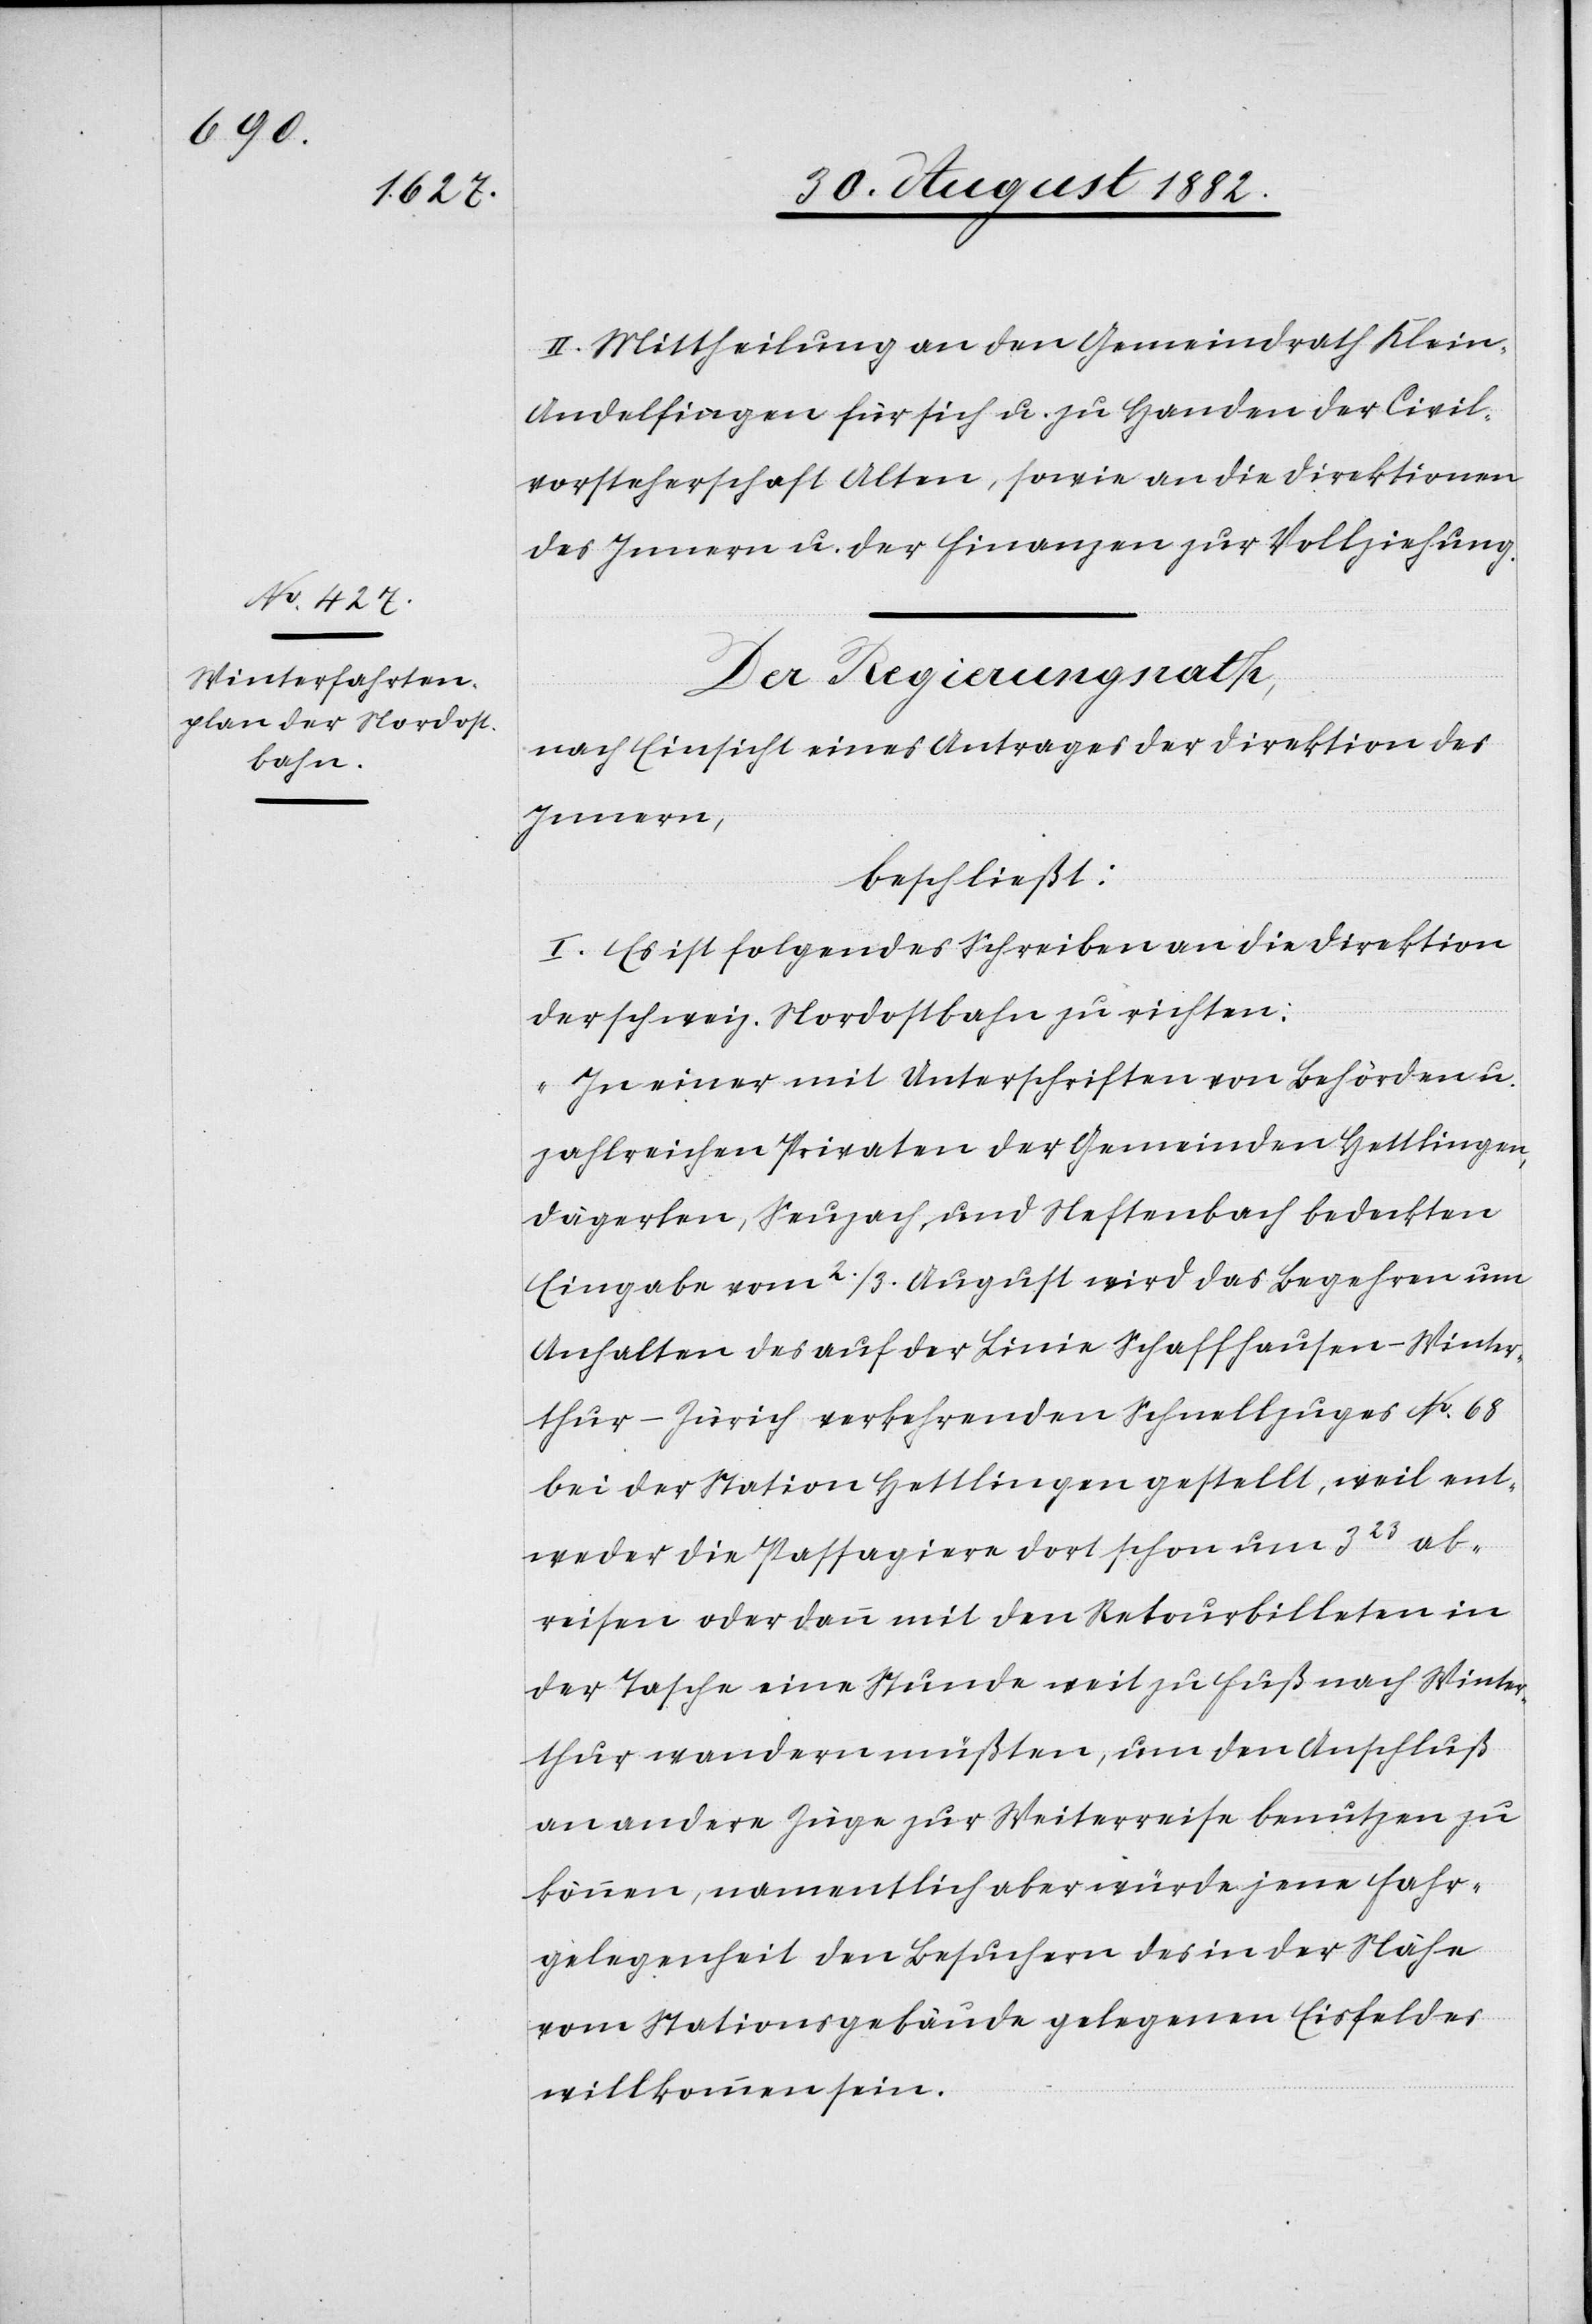
II. Mittheilung an den Gemeindrath Klein-A¬
ndelfingen für sich u. zu Handen der Civil¬
vorsteherschaft Alten, sowie an die Direktionen
des Innern u. der Finanzen zur Vollziehung.
Der Regierungsrath,
nach Einsicht eines Antrages der Direktion des
Innern,
beschließt:
I. Es ist folgendes Schreiben an die Direktion
der schweiz. Nordostbahn zu richten:
„In einer mit Unterschriften von Behörden u.
zahlreichen Privaten der Gemeinden Hettlingen,
Dägerlen, Seuzach und Neftenbach bedeckten
Eingabe vom 2./3. August wird das Begehren um
Anhalten des auf der Linie Schaffhausen–Winter¬
thur–Zürich verkehrenden Schnellzuges No 68
bei der Station Hettlingen gestellt, weil ent¬
weder die Passagiere dort schon um 323 ab¬
reisen oder dann mit den Retourbilleten in
der Tasche eine Stunde weit zu Fuß nach Winter¬
thur wandern müßten, um den Anschluß
an andere Züge zur Weiterreise benutzen zu
können, namentlich aber würde jene Fahr¬
gelegenheit den Besuchern des in der Nähe
vom Stationsgebäude gelegenen Eisfeldes
willkommen sein.